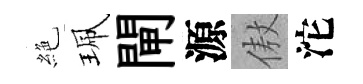
絶珮閘源傲沱